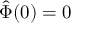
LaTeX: { \hat { \Phi } } ( 0 ) = 0